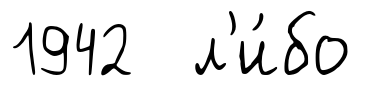
1942 л'и́бо